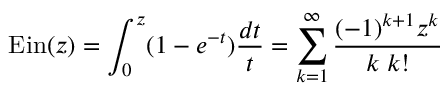
\operatorname { E i n } ( z ) = \int _ { 0 } ^ { z } ( 1 - e ^ { - t } ) { \frac { d t } { t } } = \sum _ { k = 1 } ^ { \infty } { \frac { ( - 1 ) ^ { k + 1 } z ^ { k } } { k \; k ! } }